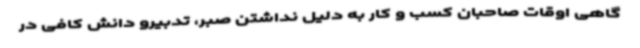
گاهی اوقات صاحبان کسب و کار به دلیل نداشتن صبر، تدبیرو دانش کافی در